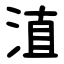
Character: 淔